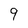
Character: 9